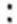
: